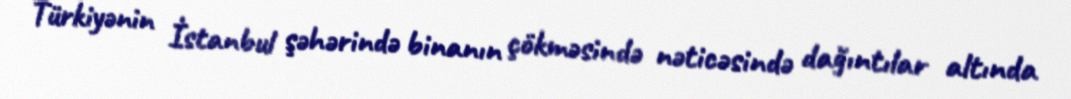
Türkiyənin İstanbul şəhərində binanın çökməsində nəticəsində dağıntılar altında